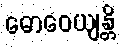
ဓောဝေယျန္တိ